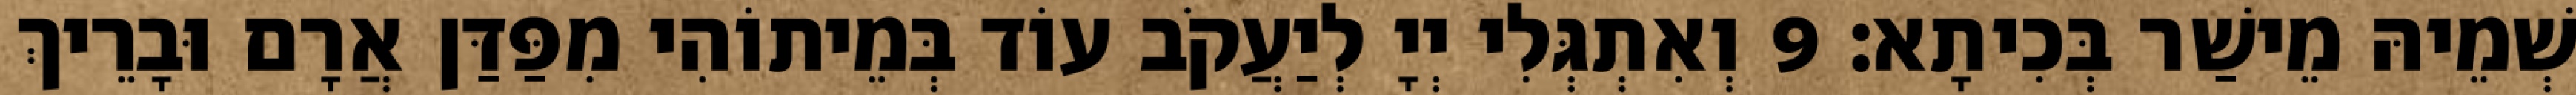
שְׁמֵיהּ מֵישַׁר בְּכִיתָא׃ 9 וְאִתְגְּלִי יְיָ לְיַעֲקֹב עוֹד בְּמֵיתוֹהִי מִפַּדַּן אֲרָם וּבָרֵיךְ